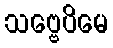
သဗ္ဗေပိမေ